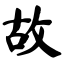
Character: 故